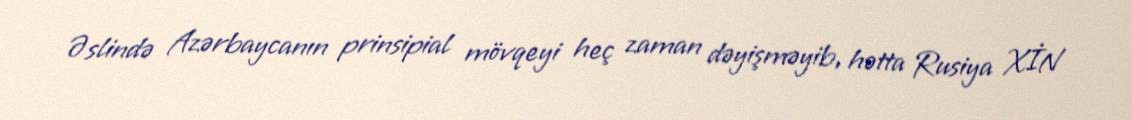
Əslində Azərbaycanın prinsipial mövqeyi heç zaman dəyişməyib, hətta Rusiya XİN